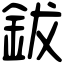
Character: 鈸